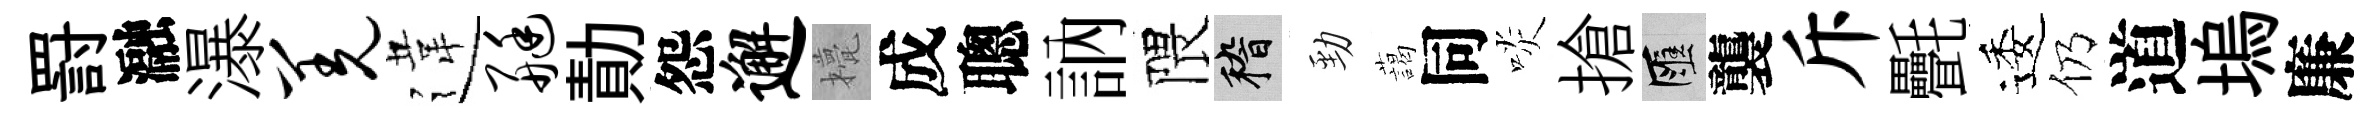
罸瀜瀑羌違艇勣怨邂甍成聰訥隈稽勁藹同啖搶匯襲斥㲲逶仍道塢廉